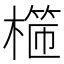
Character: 𣙖